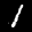
Label: 1